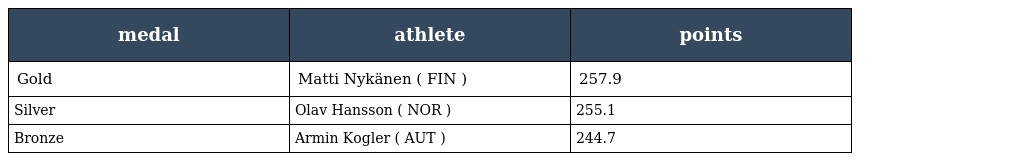
| medal | athlete | points |
 | --- | --- | --- |
 | Gold | Matti Nykänen ( FIN ) | 257.9 |
 | Silver | Olav Hansson ( NOR ) | 255.1 |
 | Bronze | Armin Kogler ( AUT ) | 244.7 |